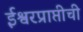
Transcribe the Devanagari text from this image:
ईश्वरप्राप्तीची